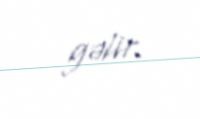
gəlir.